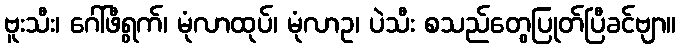
ဗူးသီး၊ ဂေါ်ဖီရွက်၊ မုံလာထုပ်၊ မုံလာဥ၊ ပဲသီး စသည်တွေပြုတ်ပြီခင်ဗျာ။